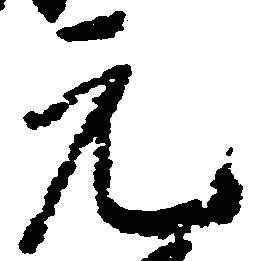
元